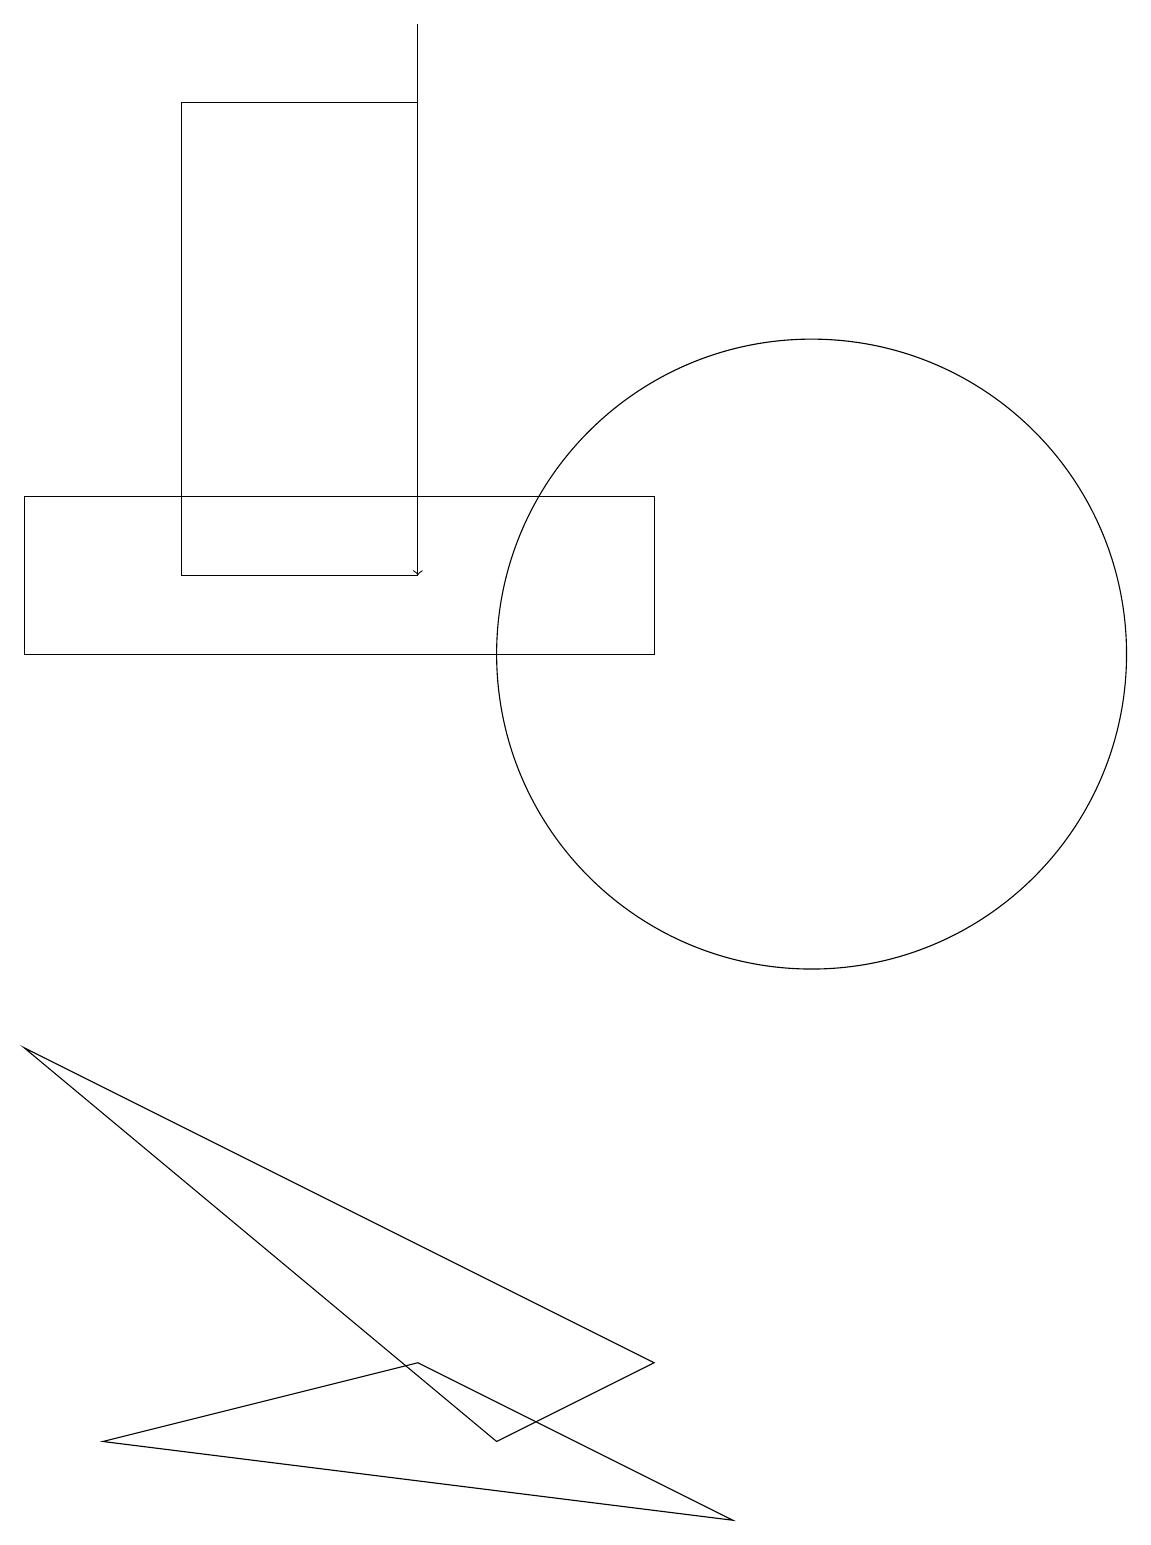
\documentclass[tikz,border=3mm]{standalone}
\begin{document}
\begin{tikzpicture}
\draw (0,11) rectangle (8,13);
\draw[->] (5,19) -- (5,12);
\draw (5,2) -- (9,0) -- (1,1) -- cycle;
\draw (2,18) rectangle (5,12);
\draw (10,11) circle (4);
\draw (6,1) -- (8,2) -- (0,6) -- cycle;
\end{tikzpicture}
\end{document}